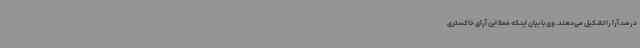
درصد آرا را تشکیل می‌دهند. وی با بیان اینکه فعلاً این آرای خاکستری